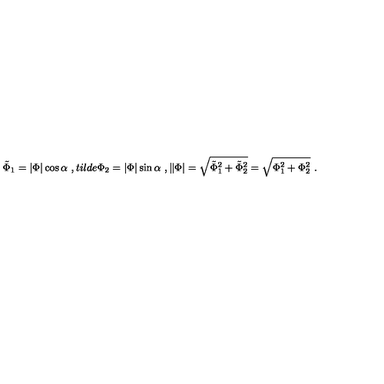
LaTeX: \tilde { \Phi } _ { 1 } = | \Phi | \cos \alpha \ , t i l d e { \Phi } _ { 2 } = | \Phi | \sin \alpha \ , \| \Phi | = \sqrt { \tilde { \Phi } _ { 1 } ^ { 2 } + \tilde { \Phi } _ { 2 } ^ { 2 } } = \sqrt { \Phi _ { 1 } ^ { 2 } + \Phi _ { 2 } ^ { 2 } } \ .